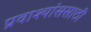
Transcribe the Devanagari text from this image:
प्रवाश्यांससाठी